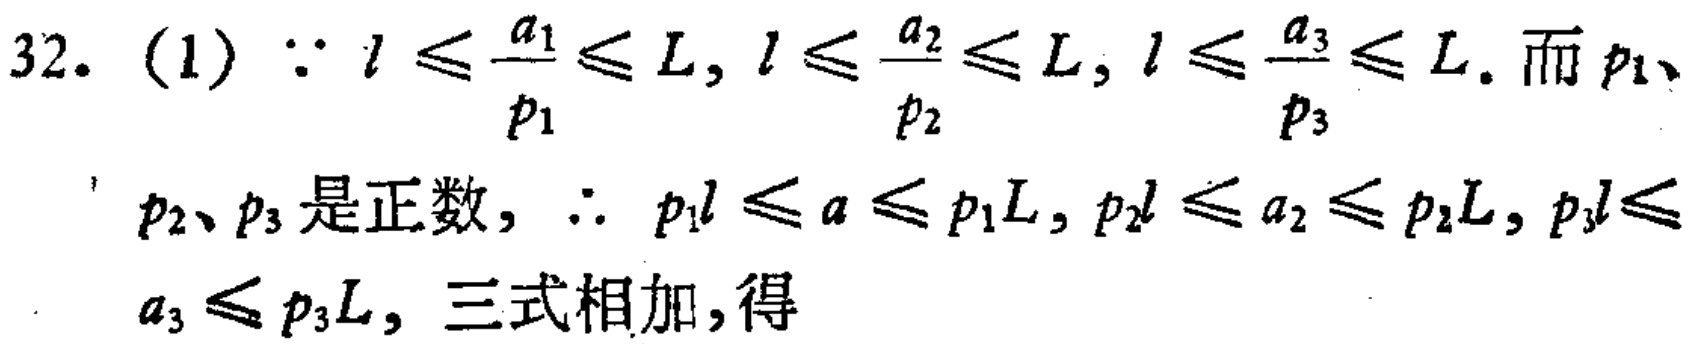
32. (1) $\because l\leqslant \frac{a_1}{p_1}\leqslant L, l\leqslant \frac{a_2}{p_2}\leqslant L, l\leqslant \frac{a_3}{p_3}\leqslant L$. 而 $p_1$、$p_2$、$p_3$ 是正数, $\therefore p_1l\leqslant a_1\leqslant p_1L, p_2l\leqslant a_2\leqslant p_2L, p_3l\leqslant a_3\leqslant p_3L$, 三式相加,得